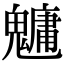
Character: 𩴔